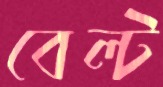
বেল্ট